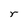
Character: r